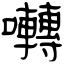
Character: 囀